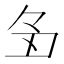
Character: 𬻑